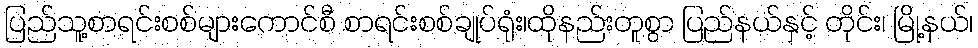
ပြည်သူ့စာရင်းစစ်များကောင်စီ စာရင်းစစ်ချုပ်ရုံး၊ထိုနည်းတူစွာ ပြည်နယ်နှင့် တိုင်း၊ မြို့နယ်၊